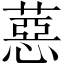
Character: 𦼇